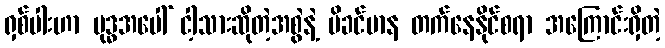
ရှစ်ပါးဟာ ဗုဒ္ဓအပေါ် ငါ့သားဆိုတဲ့အစွဲနဲ့ မိခင်မာန တက်နေနိုင်စရာ အကြောင်းရှိတဲ့